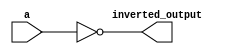
module inverter (
    input a,
    output inverted_output
);

assign inverted_output = ~a;

endmodule